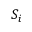
S _ { i }